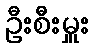
ဦးစီးမှူး